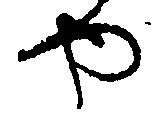
や